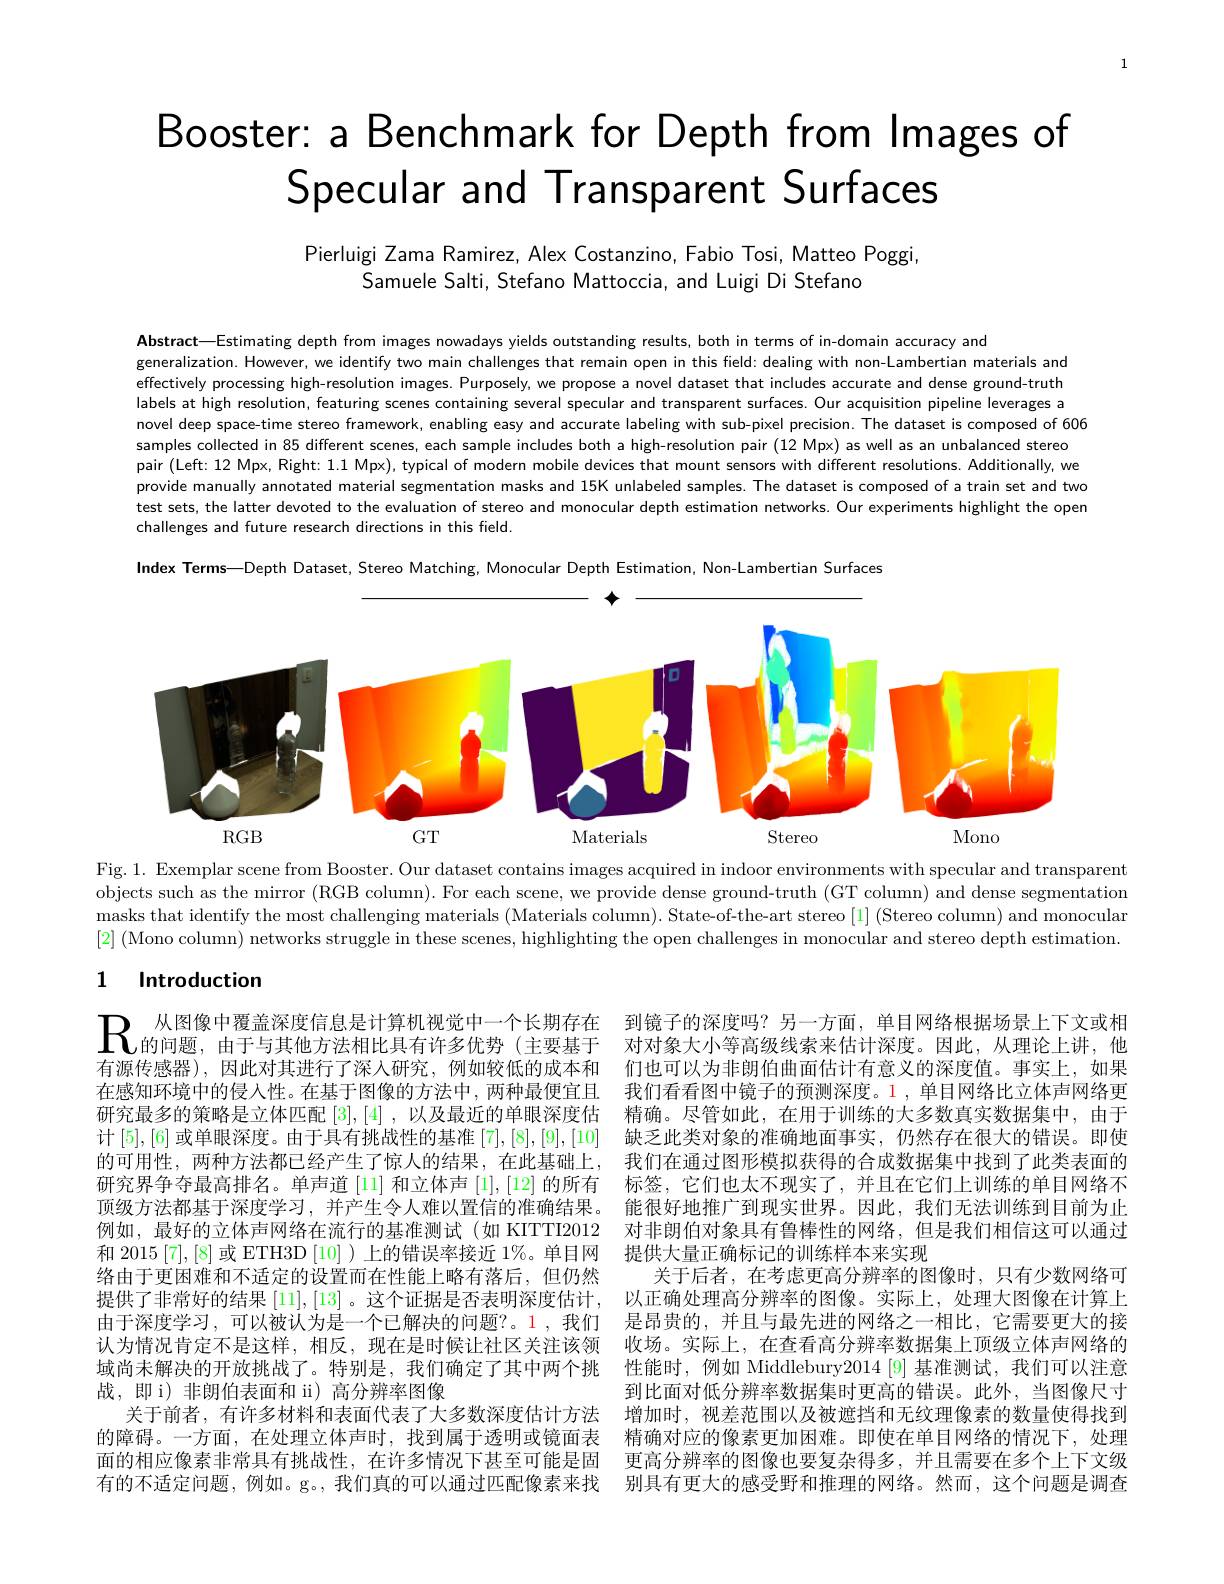
1

# Booster: a Benchmark for Depth from Images of Specular and Transparent Surfaces

Pierluigi Zama Ramirez, Alex Costanzino, Fabio Tosi, Matteo Poggi,
Samuele Salti, Stefano Mattoccia, and Luigi Di Stefano

Abstract—Estimating depth from images nowadays yields outstanding results, both in terms of in-domain accuracy and
generalization. However, we identify two main challenges that remain open in this field: dealing with non-Lambertian materials and effectively processing high-resolution images. Purposely, we propose a novel dataset that includes accurate and dense ground-truth labels at high resolution, featuring scenes containing several specular and transparent surfaces. Our acquisition pipeline leverages a novel deep space-time stereo framework, enabling easy and accurate labeling with sub-pixel precision. The dataset is composed of 606 samples collected in 85 different scenes, each sample includes both a high-resolution pair (12 Mpx) as well as an unbalanced stereo pair (Left:12 Mpx, Right: 1.1 Mpx), typical of modern mobile devices that mount sensors with different resolutions. Additionally, we provide manually annotated material segmentation masks and 15K unlabeled samples. The dataset is composed of a train set and two test sets, the latter devoted to the evaluation of stereo and monocular depth estimation networks. Our experiments highlight the open challenges and future research directions in this field.
Index Terms—Depth Dataset, Stereo Matching, Monocular Depth Estimation, Non-Lambertian Surfaces

<FigureHere>

Fig. 1. Exemplar scene from Booster. Our dataset contains images acquired in indoor environments with specular and transparent objects such as the mirror (RGB column). For each scene, we provide dense ground-truth (GT column) and dense segmentation masks that identify the most challenging materials (Materials column). State-of-the-art stereo [1] (Stereo column) and monocular [2] (Mono column) networks struggle in these scenes, highlighting the open challenges in monocular and stereo depth estimation.

# 1 Introduction

$\mathbb{R} _{\text{的 问 题 , 由 于 与 其 他 方 法 相 比 具 有 许 多 优 势 ( 主 要 基 于 }}^{\text{从 图 像 中 覆 盖 深 度 信 息 是 计 算 机 视 觉 中 一 个 长 期 存 在 }}$ 到镜子的深度吗？另一方面，单目网络根据场景上下文或相有源传感器),因此对其进行了深人研究，例如较低的成本和 们也可以为非朗伯曲面估计有意义的深度值。事实上，如果在感知环境中的侵入性。在基于图像的方法中，两种最便宜且 我们看看图中镜子的预测深度。1,单目网络比立体声网络更研究最多的策略是立体匹配[3],[4] ,以及最近的单眼深度估 精确。尽管如此，在用于训练的大多数真实数据集中，由于计 [5],[6] 或单眼深度。由于具有挑战性的基准 [7],[8],[9],[10] 缺乏此类对象的准确地面事实，仍然存在很大的错误。即使
我们在通过图形模拟获得的合成数据集中找到了此类表面的标签，它们也太不现实了，并且在它们上训练的单目网络不
顶级方法都基于深度学习，并产生令人难以置信的准确结果。能很好地推广到现实世界。因此，我们无法训练到目前为止
对非朗伯对象具有鲁棒性的网络，但是我们相信这可以通过
和 2015 [7],[8] 或 ETH3D [10] ) 上的错误率接近 1%。单目网 提供大量正确标记的训练样本来实现
关于后者，在考虑更高分辨率的图像时，只有少数网络可以正确处理高分辨率的图像。实际上，处理大图像在计算上是昂贵的，并且与最先进的网络之一相比，它需要更大的接收场。实际上，在查看高分辨率数据集上顶级立体声网络的性能时，例如 Middlebury$2014\left[9\right]$基准测试，我们可以注意到比面对低分辨率数据集时更高的错误。此外，当图像尺寸增加时，视差范围以及被遮挡和无纹理像素的数量使得找到精确对应的像素更加困难。即使在单目网络的情况下，处理更高分辨率的图像也要复杂得多，并且需要在多个上下文级别具有更大的感受野和推理的网络。然而，这个问题是调查

的可用性，两种方法都已经产生了惊人的结果，在此基础上， 研究界争夺最高排名。单声道[11] 和立体声[1],[12]的所有例如，最好的立体声网络在流行的基准测试(如 KITTI2012络由于更困难和不适定的设置而在性能上略有落后，但仍然提供了非常好的结果[11],[13] 。这个证据是否表明深度估计， 由于深度学习，可以被认为是一个已解决的问题？。1,我们认为情况肯定不是这样，相反，现在是时候让社区关注该领域尚未解决的开放挑战了。特别是，我们确定了其中两个挑战，即 i)非朗伯表面和 ii) 高分辨率图像
关于前者，有许多材料和表面代表了大多数深度估计方法的障碍。一方面，在处理立体声时，找到属于透明或镜面表面的相应像素非常具有挑战性，在许多情况下甚至可能是固有的不适定问题，例如。g。,我们真的可以通过匹配像素来找